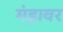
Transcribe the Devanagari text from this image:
मंड़ावर